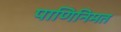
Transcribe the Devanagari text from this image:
पाणिनिमत